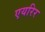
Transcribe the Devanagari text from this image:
एयरिर